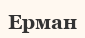
Ерман